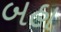
બહા